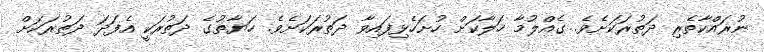
ނުރައްކާތެރި ދަތުރަކަށެވެ. ގެއްލުމާ ހަލާކަށް ހުށަހެޅިފައިވާ ދަތުރަކަށެވެ. ހަޔާތުގެ ދަތުރަކީ އެފަދަ ދަތުރަކަށް